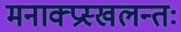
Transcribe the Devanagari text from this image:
मनाक्प्रस्खलन्तः